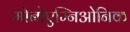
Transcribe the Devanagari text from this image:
मोनोएम्निओनिक